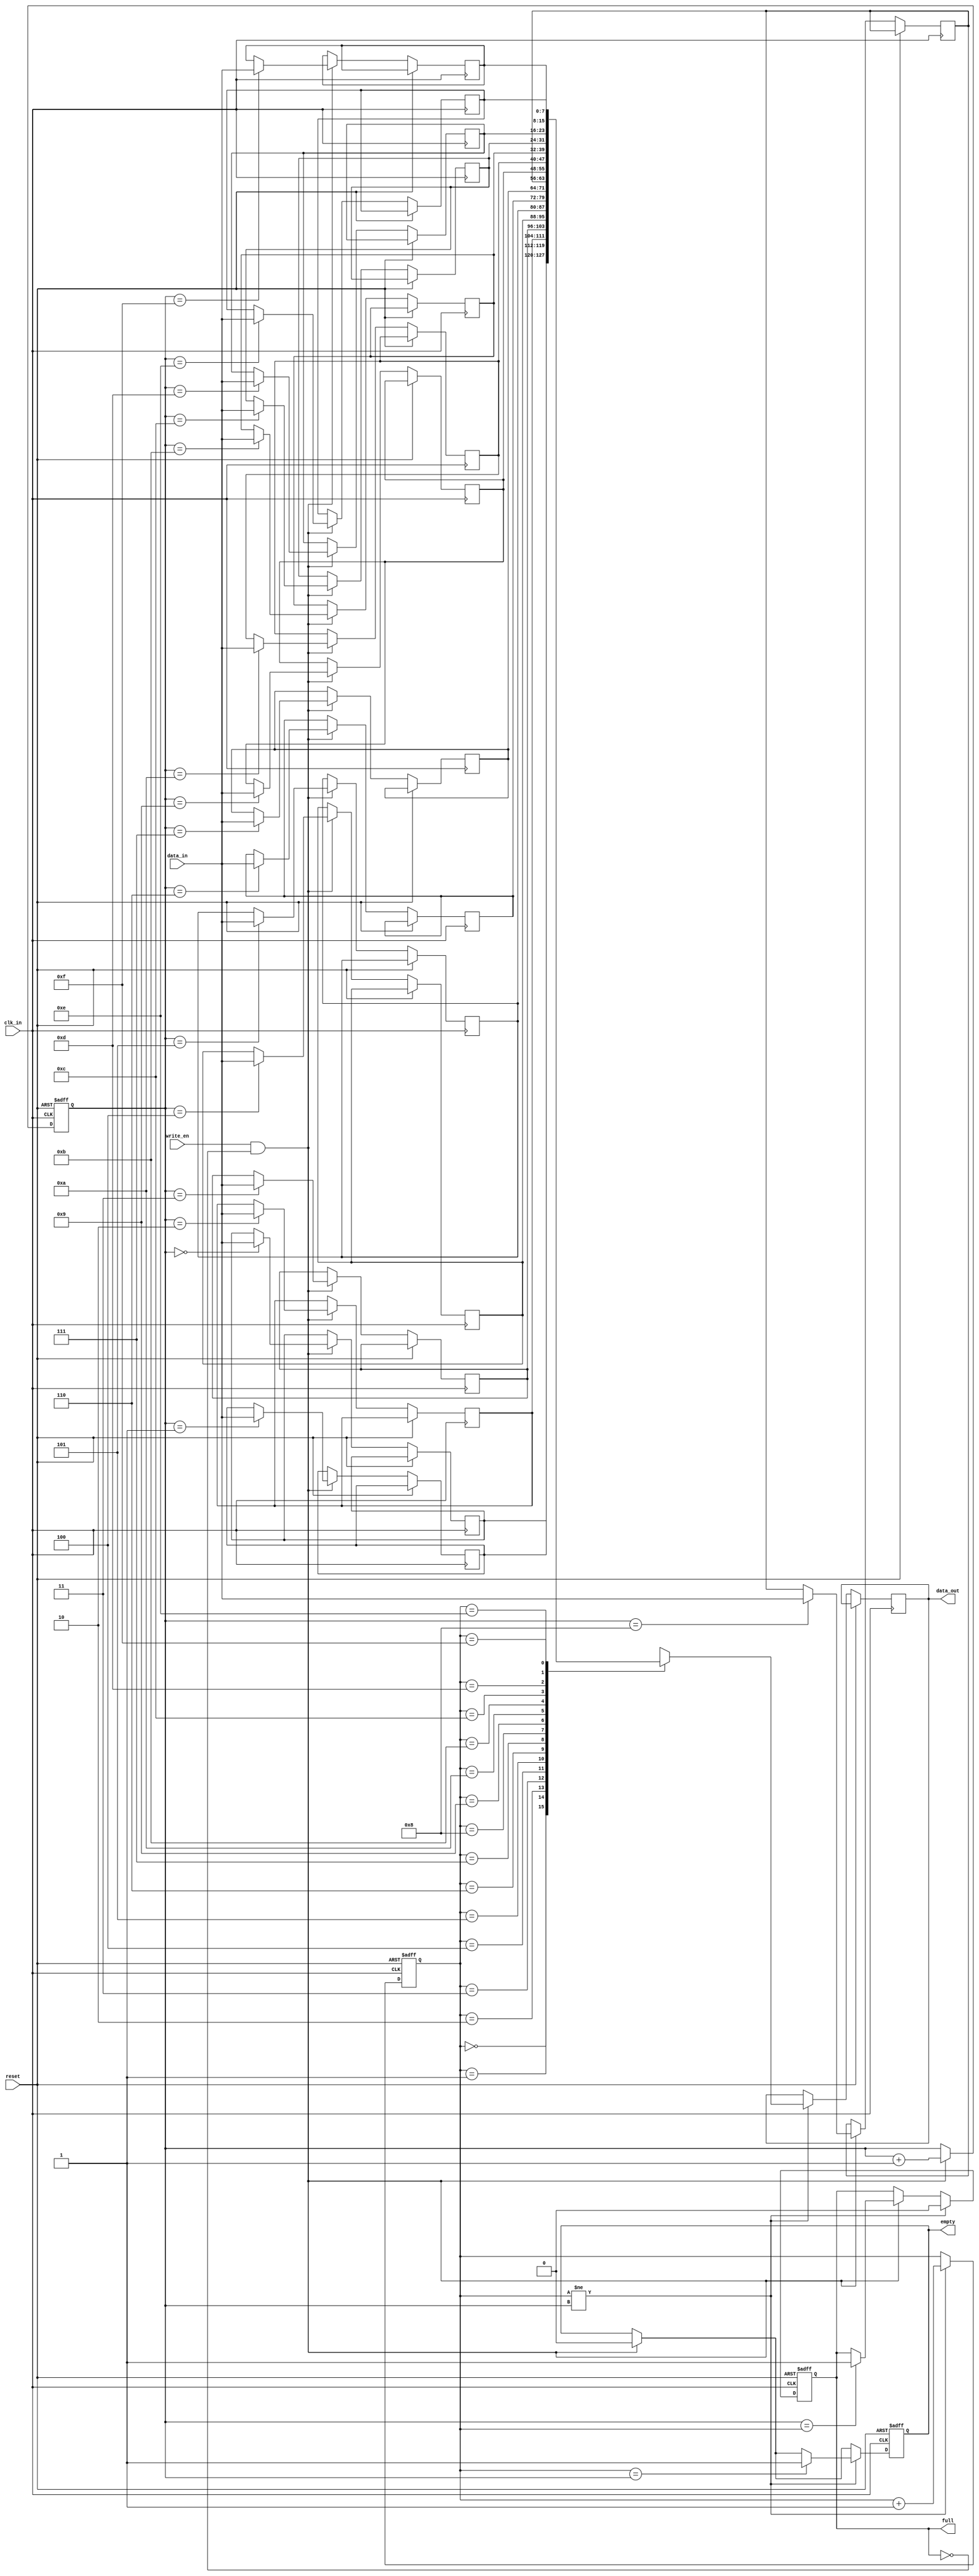
module LastWordFallThroughFIFO (
    input wire clk_in,      // input clock
    input wire reset,       // reset signal
    input wire write_en,    // write enable signal
    input wire [DATA_WIDTH-1:0] data_in,  // input data
    output reg [DATA_WIDTH-1:0] data_out,  // output data
    output reg empty,       // buffer empty flag
    output reg full         // buffer full flag
);

parameter DEPTH = 16;      // depth of FIFO buffer
parameter DATA_WIDTH = 8;  // width of each data word
parameter ADDR_WIDTH = $clog2(DEPTH);  // address width for buffer

reg [DATA_WIDTH-1:0] memory [0:DEPTH-1];  // FIFO buffer memory
reg [ADDR_WIDTH-1:0] read_ptr, write_ptr;  // read and write pointers

always @(posedge clk_in or posedge reset) begin
    if (reset) begin
        read_ptr <= 0;
        write_ptr <= 0;
        empty <= 1;
        full <= 0;
    end else begin
        if (write_en && !full) begin
            memory[write_ptr] <= data_in;
            write_ptr <= write_ptr + 1;
            if (write_ptr == DEPTH) begin
                write_ptr <= 0;
            end
            if (write_ptr == read_ptr) begin
                full <= 1;
            end
            empty <= 0;
        end
        if (read_ptr != write_ptr) begin
            data_out <= memory[read_ptr];
            read_ptr <= read_ptr + 1;
            if (read_ptr == DEPTH) begin
                read_ptr <= 0;
            end
            if (read_ptr == write_ptr) begin
                empty <= 1;
            end
            full <= 0;
        end
    end
end

endmodule